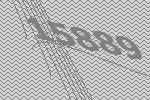
15889